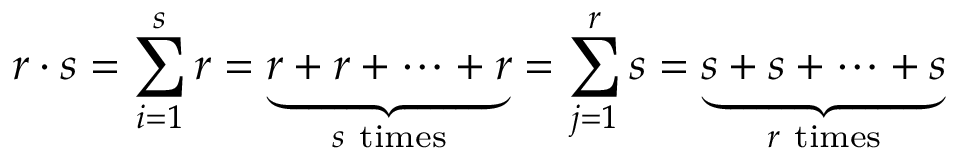
r \cdot s = \sum _ { i = 1 } ^ { s } r = \underbrace { r + r + \cdots + r } _ { s { \mathrm { ~ t i m e s } } } = \sum _ { j = 1 } ^ { r } s = \underbrace { s + s + \cdots + s } _ { r { \mathrm { ~ t i m e s } } }